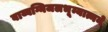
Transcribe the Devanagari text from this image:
वाय्वग्निजलभूम्यात्मने